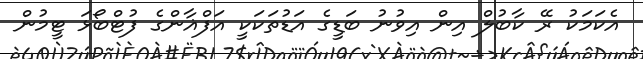
އެކަމަކު ރޭ ކާބުލް އިން އިވުނު ބަޑީގެ އަޑުތަކަކީ އަފްޣާންގެ ފުޓްބޯޅަ ޓީމުން